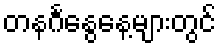
တနင်္ဂနွေနေ့များတွင်